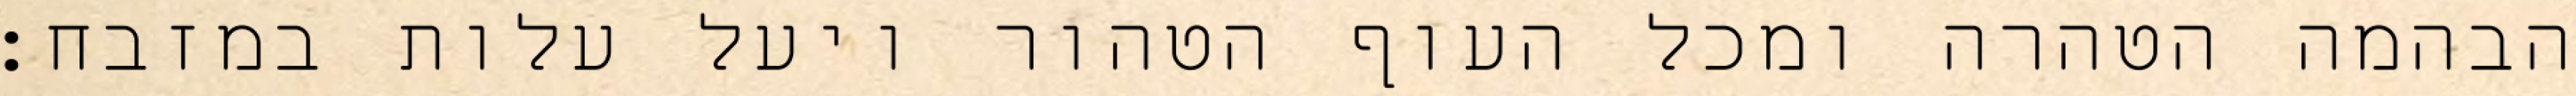
הבהמה הטהרה ומכל העוף הטהור ויעל עלות במזבח׃